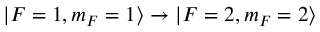
| F = 1 , m _ { F } = 1 \rangle \rightarrow | F = 2 , m _ { F } = 2 \rangle